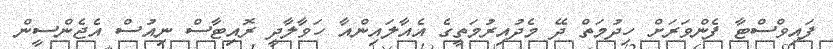
ފައިވްސްޓާ ފެންވަރަށް ހިދުމަތް ދޭ މެދުއިރުމަތީގެ އެއާލައިންއާ ހަވާލާދީ ރޮއިޓާސް ނިއުސް އެޖެންސީން